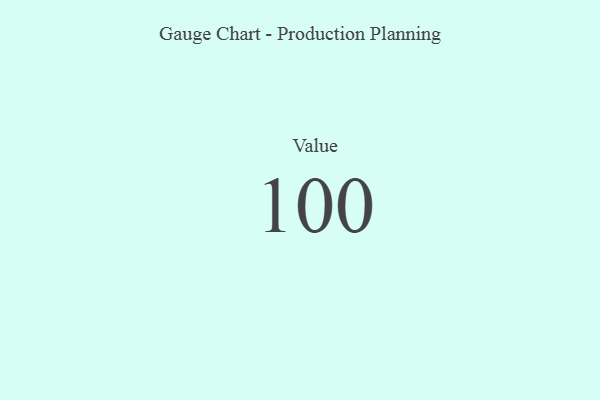
{"axis": {"x": "Metric", "y": "Value"}, "legend": [""], "data": [{"x": "Value", "y": 100, "type": ""}]}